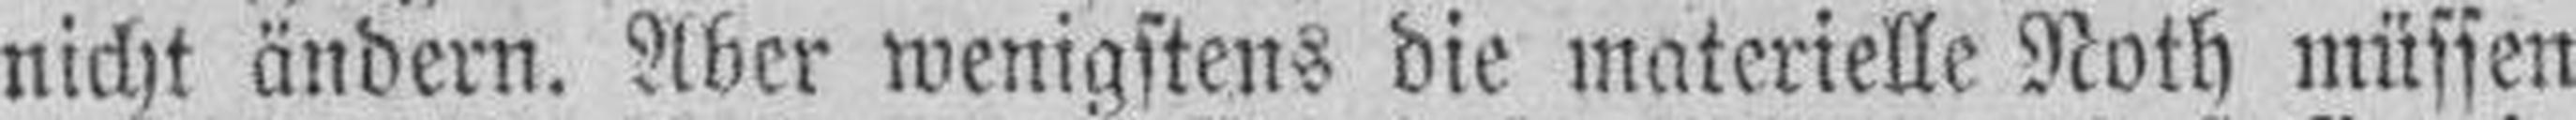
nicht ändern. Aber wenigstens die materielle Noth müssen